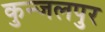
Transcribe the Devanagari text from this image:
कुन्जलपुर